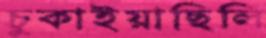
চুকাইয়াছিলি